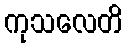
ကုသလေတိ